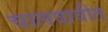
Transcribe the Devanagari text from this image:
चालवावीत